Annual report of the Punjab Veterinary College and of the Civil Veterinary Department, Punjab - 1926-1932
Year: 1926
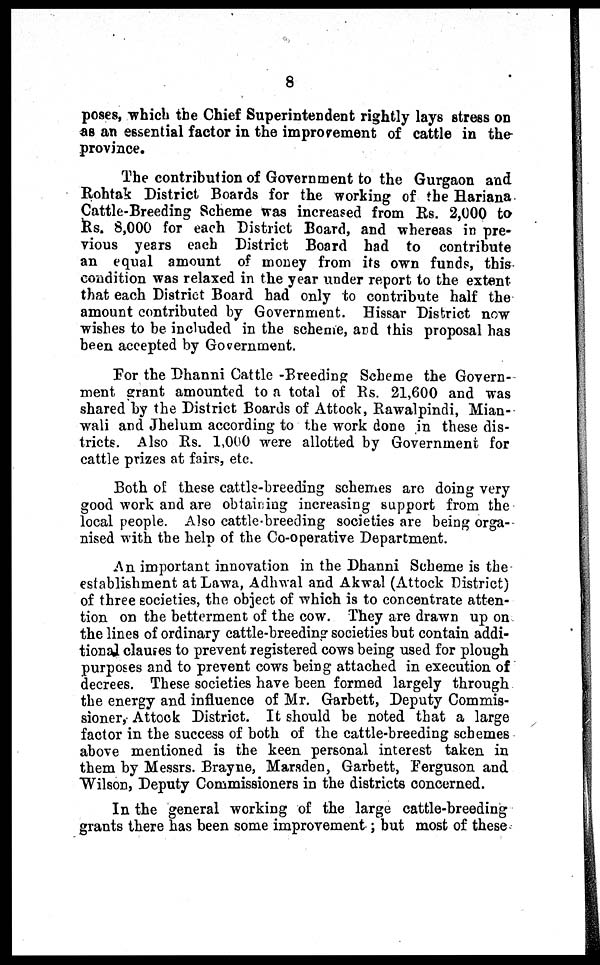
8
poses, which the Chief Superintendent rightly lays stress on
as an essential factor in the improvement of cattle in the
province.
The contribution of Government to the Gurgaon and
Rohtak District Boards for the working of the Hariana
Cattle-Breeding Scheme was increased from Rs. 2,000 to
Rs. 8,000 for each District Board, and whereas in pre-
vious years each District Board had to contribute
an equal amount of money from its own funds, this
condition was relaxed in the year under report to the extent
that each District Board had only to contribute half the
amount contributed by Government. Hissar District now
wishes to be included in the scheme, and this proposal has
been accepted by Government.
For the Dhanni Cattle -Breeding Scheme the Govern-
ment grant amounted to a total of Rs. 21,600 and was
shared by the District Boards of Attock, Rawalpindi, Mian-
wali and Jhelum according to the work done in these dis-
tricts. Also Rs. 1,000 were allotted by Government for
cattle prizes at fairs, etc.
Both of these cattle-breeding schemes are doing very
good work and are obtaining increasing support from the
local people. Also cattle-breeding societies are being orga-
nised with the help of the Co-operative Department.
An important innovation in the Dhanni Scheme is the
establishment at Lawa, Adhwal and Akwal (Attock District)
of three societies, the object of which is to concentrate atten-
tion on the betterment of the cow. They are drawn up on
the lines of ordinary cattle-breeding societies but contain addi-
tional clauses to prevent registered cows being used for plough
purposes and to prevent cows being attached in execution of
decrees. These societies have been formed largely through
the energy and influence of Mr. Garbett, Deputy Commis-
sioner, Attock District. It should be noted that a large
factor in the success of both of the cattle-breeding schemes
above mentioned is the keen personal interest taken in
them by Messrs. Brayne, Marsden, Garbett, Ferguson and
"Wilson, Deputy Commissioners in the districts concerned.
In the general working of the large cattle-breeding
grants there has been some improvement; but most of these